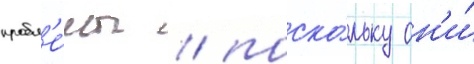
пробл'е́мы / поско́льку он'и́